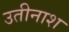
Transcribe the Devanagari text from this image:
उतीनाश